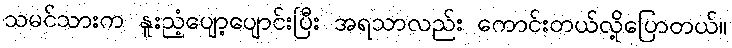
သမင်သားက နူးညံ့ပျော့ပျောင်းပြီး အရသာလည်း ကောင်းတယ်လို့ပြောတယ်။